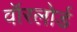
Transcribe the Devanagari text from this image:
वॉरलोर्ड